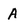
Character: A